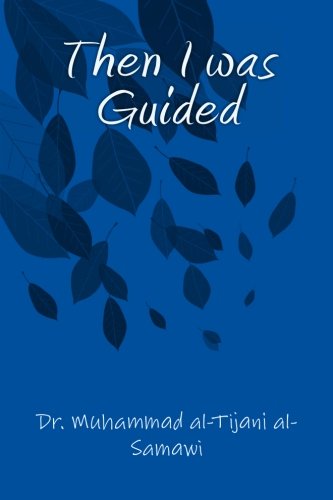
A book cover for Then I was Guided; Dr. Muhammad al-Tijani al-Samawi; Religion & Spirituality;